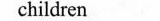
children